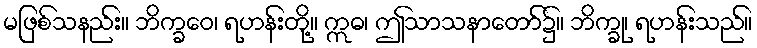
မဖြစ်သနည်း။ ဘိက္ခဝေ၊ ရဟန်းတို့။ ဣဓ၊ ဤသာသနာတော်၌။ ဘိက္ခု၊ ရဟန်းသည်။